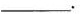
___.